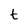
Character: t